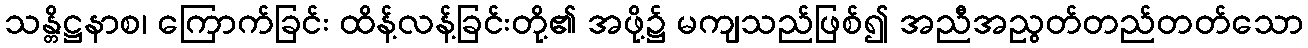
သန္တိဋ္ဌနာစ၊ ကြောက်ခြင်း ထိန့်လန့်ခြင်းတို့၏ အဖို့၌ မကျသည်ဖြစ်၍ အညီအညွတ်တည်တတ်သော